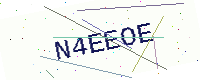
Text: N4EEOE